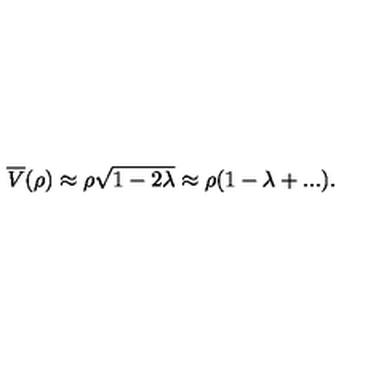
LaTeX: \overline { { V } } ( \rho ) \approx \rho \sqrt { 1 - 2 \lambda } \approx \rho ( 1 - \lambda + . . . ) .